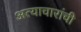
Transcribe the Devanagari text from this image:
अत्याचारांची